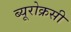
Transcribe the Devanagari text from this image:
ब्यूरोक्रसी